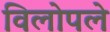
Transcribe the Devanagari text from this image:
विलोपले